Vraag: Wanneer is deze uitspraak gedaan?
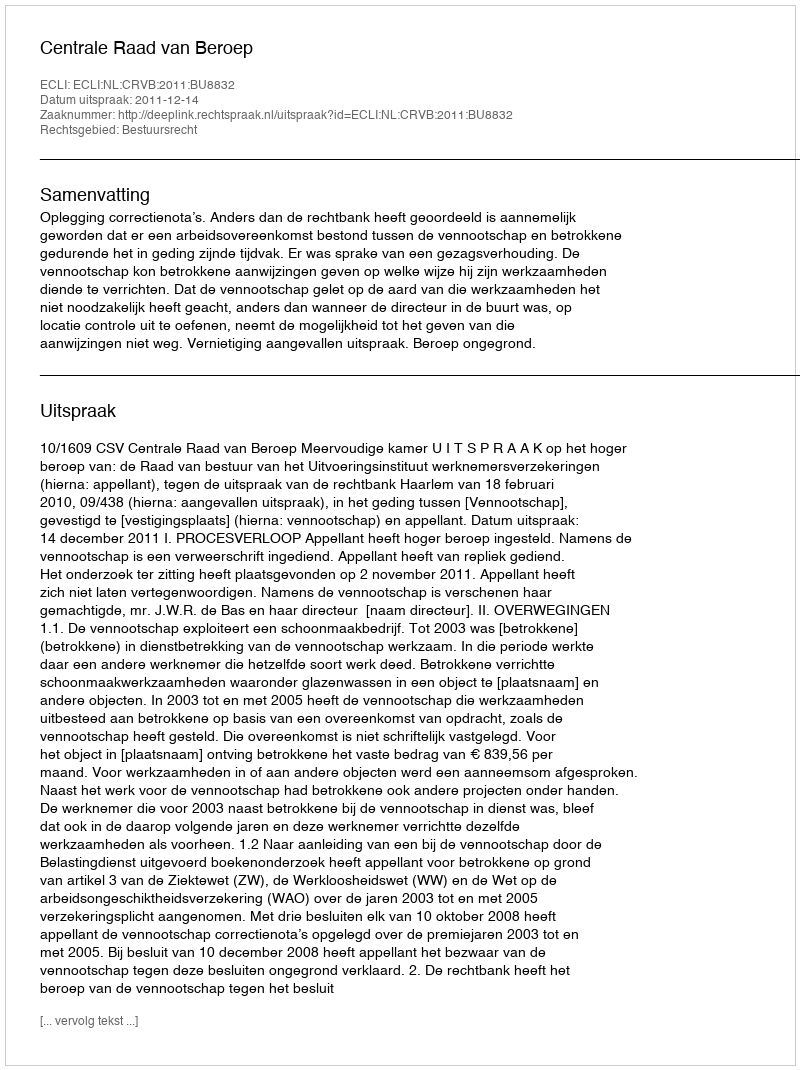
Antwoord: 2011-12-14